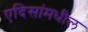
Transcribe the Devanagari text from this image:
एदिसांमधील